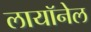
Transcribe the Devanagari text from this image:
लायॉनेल